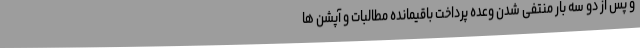
و پس از دو سه بار منتفی شدن وعده پرداخت باقیمانده مطالبات و آپشن ها